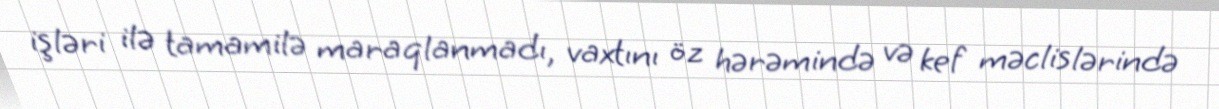
işləri ilə tamamilə maraqlanmadı, vaxtını öz hərəmində və kef məclislərində